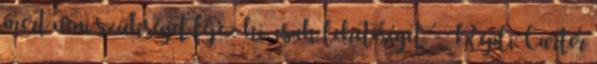
mert nem szükséget fejez ki, csak lehetőséget. - RepliCarter